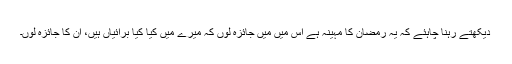
دیکھتے رہنا چاہئے کہ یہ رمضان کا مہینہ ہے اس میں مَیں جائزہ لوں کہ میرے میں کیا کیا برائیاں ہیں، ان کا جائزہ لوں۔